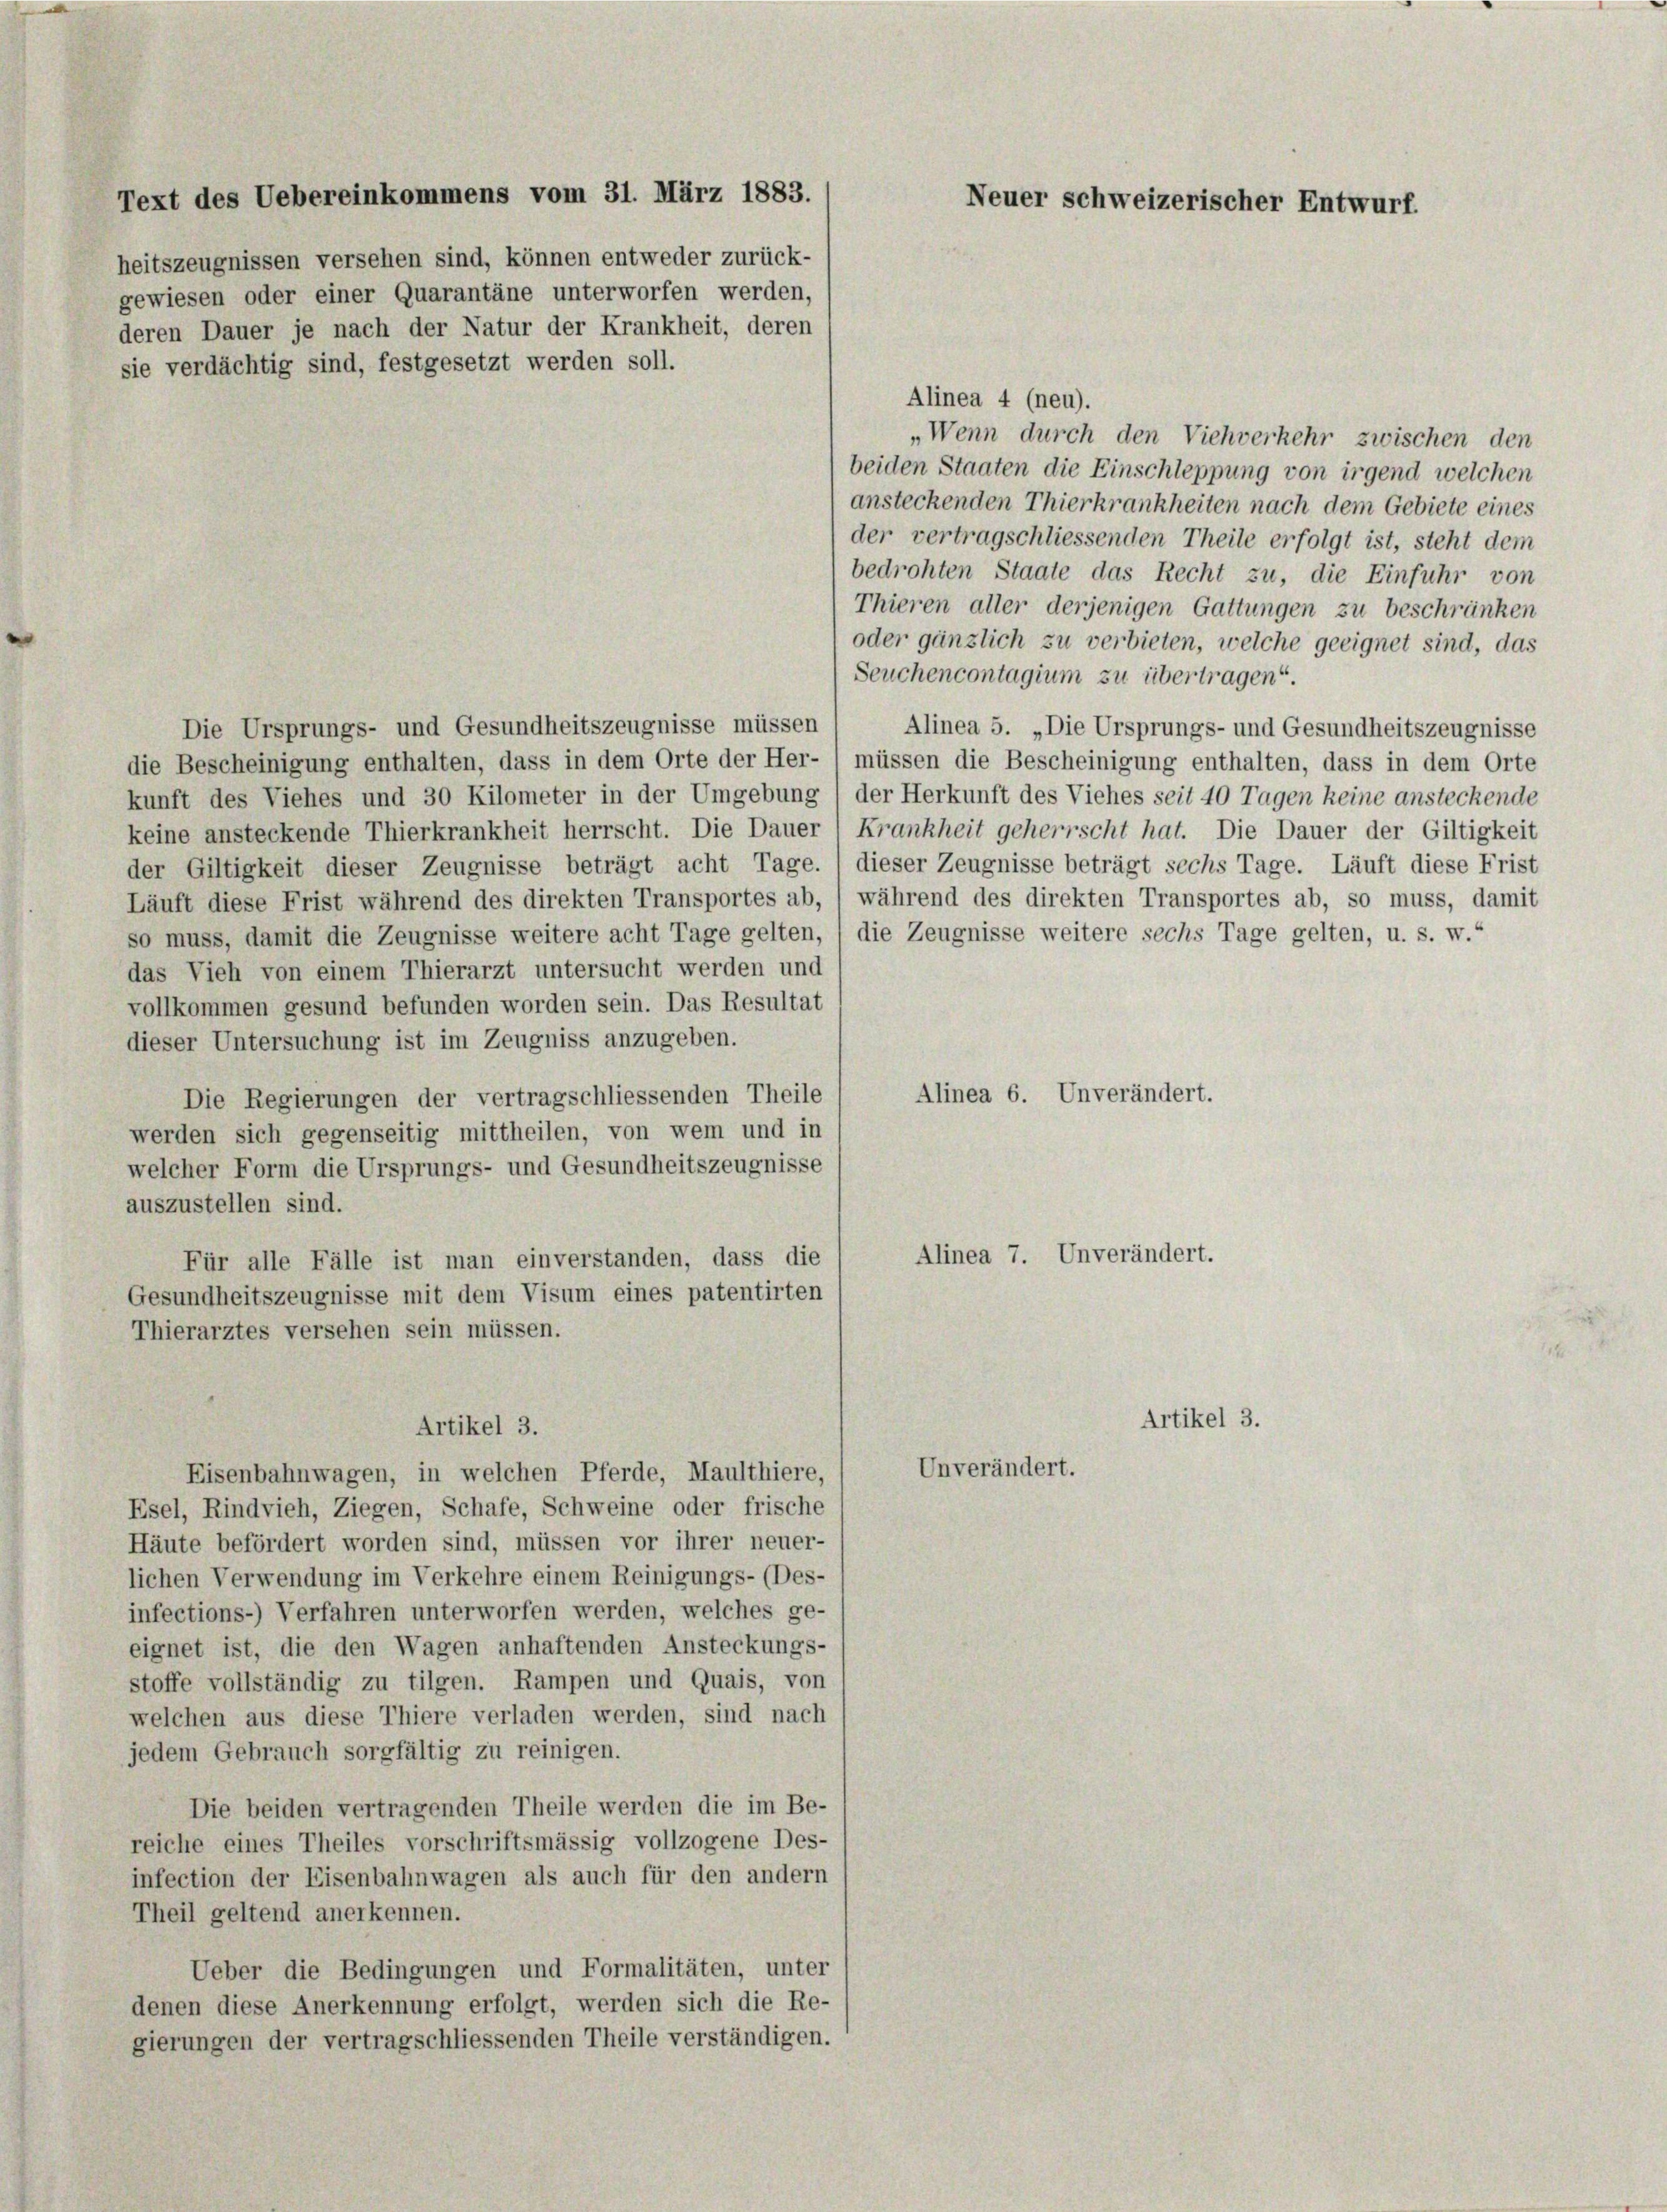
deren Dauer je nach der Natur der Krankheit, deren
sie verdächtig sind, festgesetzt werden soll.

Text des Uebereinkommens vom 31. März 1883.
Neuer schweizerischer Entwurf.
heitszeugnissen versehen sind, können entweder zurück-
gewiesen oder einer Quarantäne unterworfen werden,

Alinea 4 (neu).
„Wenn durch den Viehverkehr zwischen den
beiden Staaten die Einschleppung von irgend welchen
ansteckenden Thierkrankheiten nach dem Gebiete eines
der vertragschliessenden Theile erfolgt ist, steht dem
bedrohten Staate das Recht zu, die Einfuhr von
Thieren aller derjenigen Gattungen zu beschränken
oder gänzlich zu verbieten, welche geeignet sind, das
Seuchencontagium zu übertragen“.
Die Ursprungs- und Gesundheitszeugnisse müssen
Alinea 5. „Die Ursprungs- und Gesundheitszeugnisse
die Bescheinigung enthalten, dass in dem Orte der Her- l müssen die Bescheinigung enthalten, dass in dem Orte
kunft des Viehes und 30 Kilometer in der Umgebung / der Herkunft des Viehes seit 40 Tagen keine anstechende
keine ansteckende Thierkrankheit herrscht. Die Dauer 1 Krankheit geherrscht hat. Die Dauer der Giltigkeit
der Giltigkeit dieser Zeugnisse beträgt acht Tage.) dieser Zeugnisse beträgt sechs Tage. Läuft diese Frist
Läuft diese Frist während des direkten Transportes ab, / während des direkten Transportes ab, so muss, damit
so muss, damit die Zeugnisse weitere acht Tage gelten, (die Zeugnisse weitere sechs Tage gelten, u. s. w.“
das Vieh von einem Thierarzt untersucht werden und
vollkommen gesund befunden worden sein. Das Resultat
dieser Untersuchung ist im Zeugniss anzugeben.
Alinea 6. Unverändert.
Die Regierungen der vertragschliessenden Theile
werden sich gegenseitig mittheilen, von wem und in
welcher Form die Ursprungs- und Gesundheitszeugnisse
auszustellen sind.
Alinea 7. Unverändert.
Für alle Fälle ist man einverstanden, dass die
Gesundheitszeugnisse mit dem Visum eines patentirten
Thierarztes versehen sein müssen.
Artikel 3.
Artikel 3.
Unverändert.
Eisenbahnwagen, in welchen Pferde, Maulthiere,
Esel, Rindvieh, Ziegen, Schafe, Schweine oder frische
Häute befördert worden sind, müssen vor ihrer neuer-
lichen Verwendung im Verkehre einem Reinigungs- (Des-
infections-) Verfahren unterworfen werden, welches ge-
eignet ist, die den Wagen anhaftenden Ansteckungs-
stoffe vollständig zu tilgen. Rampen und Quais, von
welchen aus diese Thiere verladen werden, sind nach
jedem Gebrauch sorgfältig zu reinigen.
Die beiden vertragenden Theile werden die im Be-
reiche eines Theiles vorschriftsmässig vollzogene Des-
infection der Eisenbahnwagen als auch für den andern
Theil geltend anerkennen.
Ueber die Bedingungen und Formalitäten, unter
denen diese Anerkennung erfolgt, werden sich die Re-
gierungen der vertragschliessenden Theile verständigen.